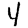
Digit: 4